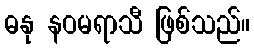
ဓနု နဝမရာသီ ဖြစ်သည်။